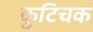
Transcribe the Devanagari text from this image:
कुटिचक